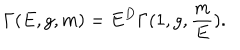
\Gamma ( E , g , m ) = E ^ { D } \Gamma ( 1 , g , \frac { m } { E } ) .